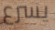
يسرع